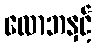
လောဘနှင့်